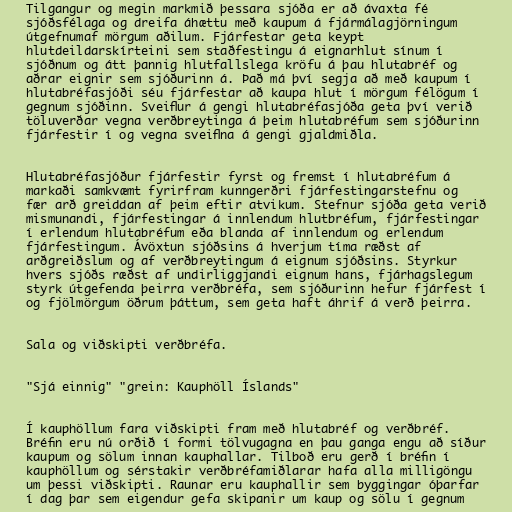
Tilgangur og megin markmið þessara sjóða er að ávaxta fé
sjóðsfélaga og dreifa áhættu með kaupum á fjármálagjörningum
útgefnumaf mörgum aðilum. Fjárfestar geta keypt
hlutdeildarskírteini sem staðfestingu á eignarhlut sínum í
sjóðnum og átt þannig hlutfallslega kröfu á þau hlutabréf og
aðrar eignir sem sjóðurinn á. Það má því segja að með kaupum í
hlutabréfasjóði séu fjárfestar að kaupa hlut í mörgum félögum í
gegnum sjóðinn. Sveiflur á gengi hlutabréfasjóða geta því verið
töluverðar vegna verðbreytinga á þeim hlutabréfum sem sjóðurinn
fjárfestir í og vegna sveiflna á gengi gjaldmiðla.

Hlutabréfasjóður fjárfestir fyrst og fremst í hlutabréfum á
markaði samkvæmt fyrirfram kunngerðri fjárfestingarstefnu og
fær arð greiddan af þeim eftir atvikum. Stefnur sjóða geta verið
mismunandi, fjárfestingar á innlendum hlutbréfum, fjárfestingar
í erlendum hlutabréfum eða blanda af innlendum og erlendum
fjárfestingum. Ávöxtun sjóðsins á hverjum tíma ræðst af
arðgreiðslum og af verðbreytingum á eignum sjóðsins. Styrkur
hvers sjóðs ræðst af undirliggjandi eignum hans, fjárhagslegum
styrk útgefenda þeirra verðbréfa, sem sjóðurinn hefur fjárfest í
og fjölmörgum öðrum þáttum, sem geta haft áhrif á verð þeirra.

Sala og viðskipti verðbréfa.

"Sjá einnig" "grein: Kauphöll Íslands"

Í kauphöllum fara viðskipti fram með hlutabréf og verðbréf.
Bréfin eru nú orðið í formi tölvugagna en þau ganga engu að síður
kaupum og sölum innan kauphallar. Tilboð eru gerð í bréfin í
kauphöllum og sérstakir verðbréfamiðlarar hafa alla milligöngu
um þessi viðskipti. Raunar eru kauphallir sem byggingar óþarfar
í dag þar sem eigendur gefa skipanir um kaup og sölu í gegnum